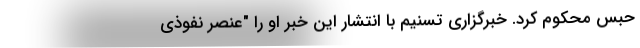
حبس محکوم کرد. خبرگزاری تسنیم با انتشار این خبر او را "عنصر نفوذی